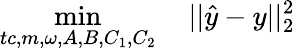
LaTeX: \operatorname*{min}_{tc,m,\omega,A,B,C_{1},C_{2}}\quad||\hat{y}-y||_{2}^{2}